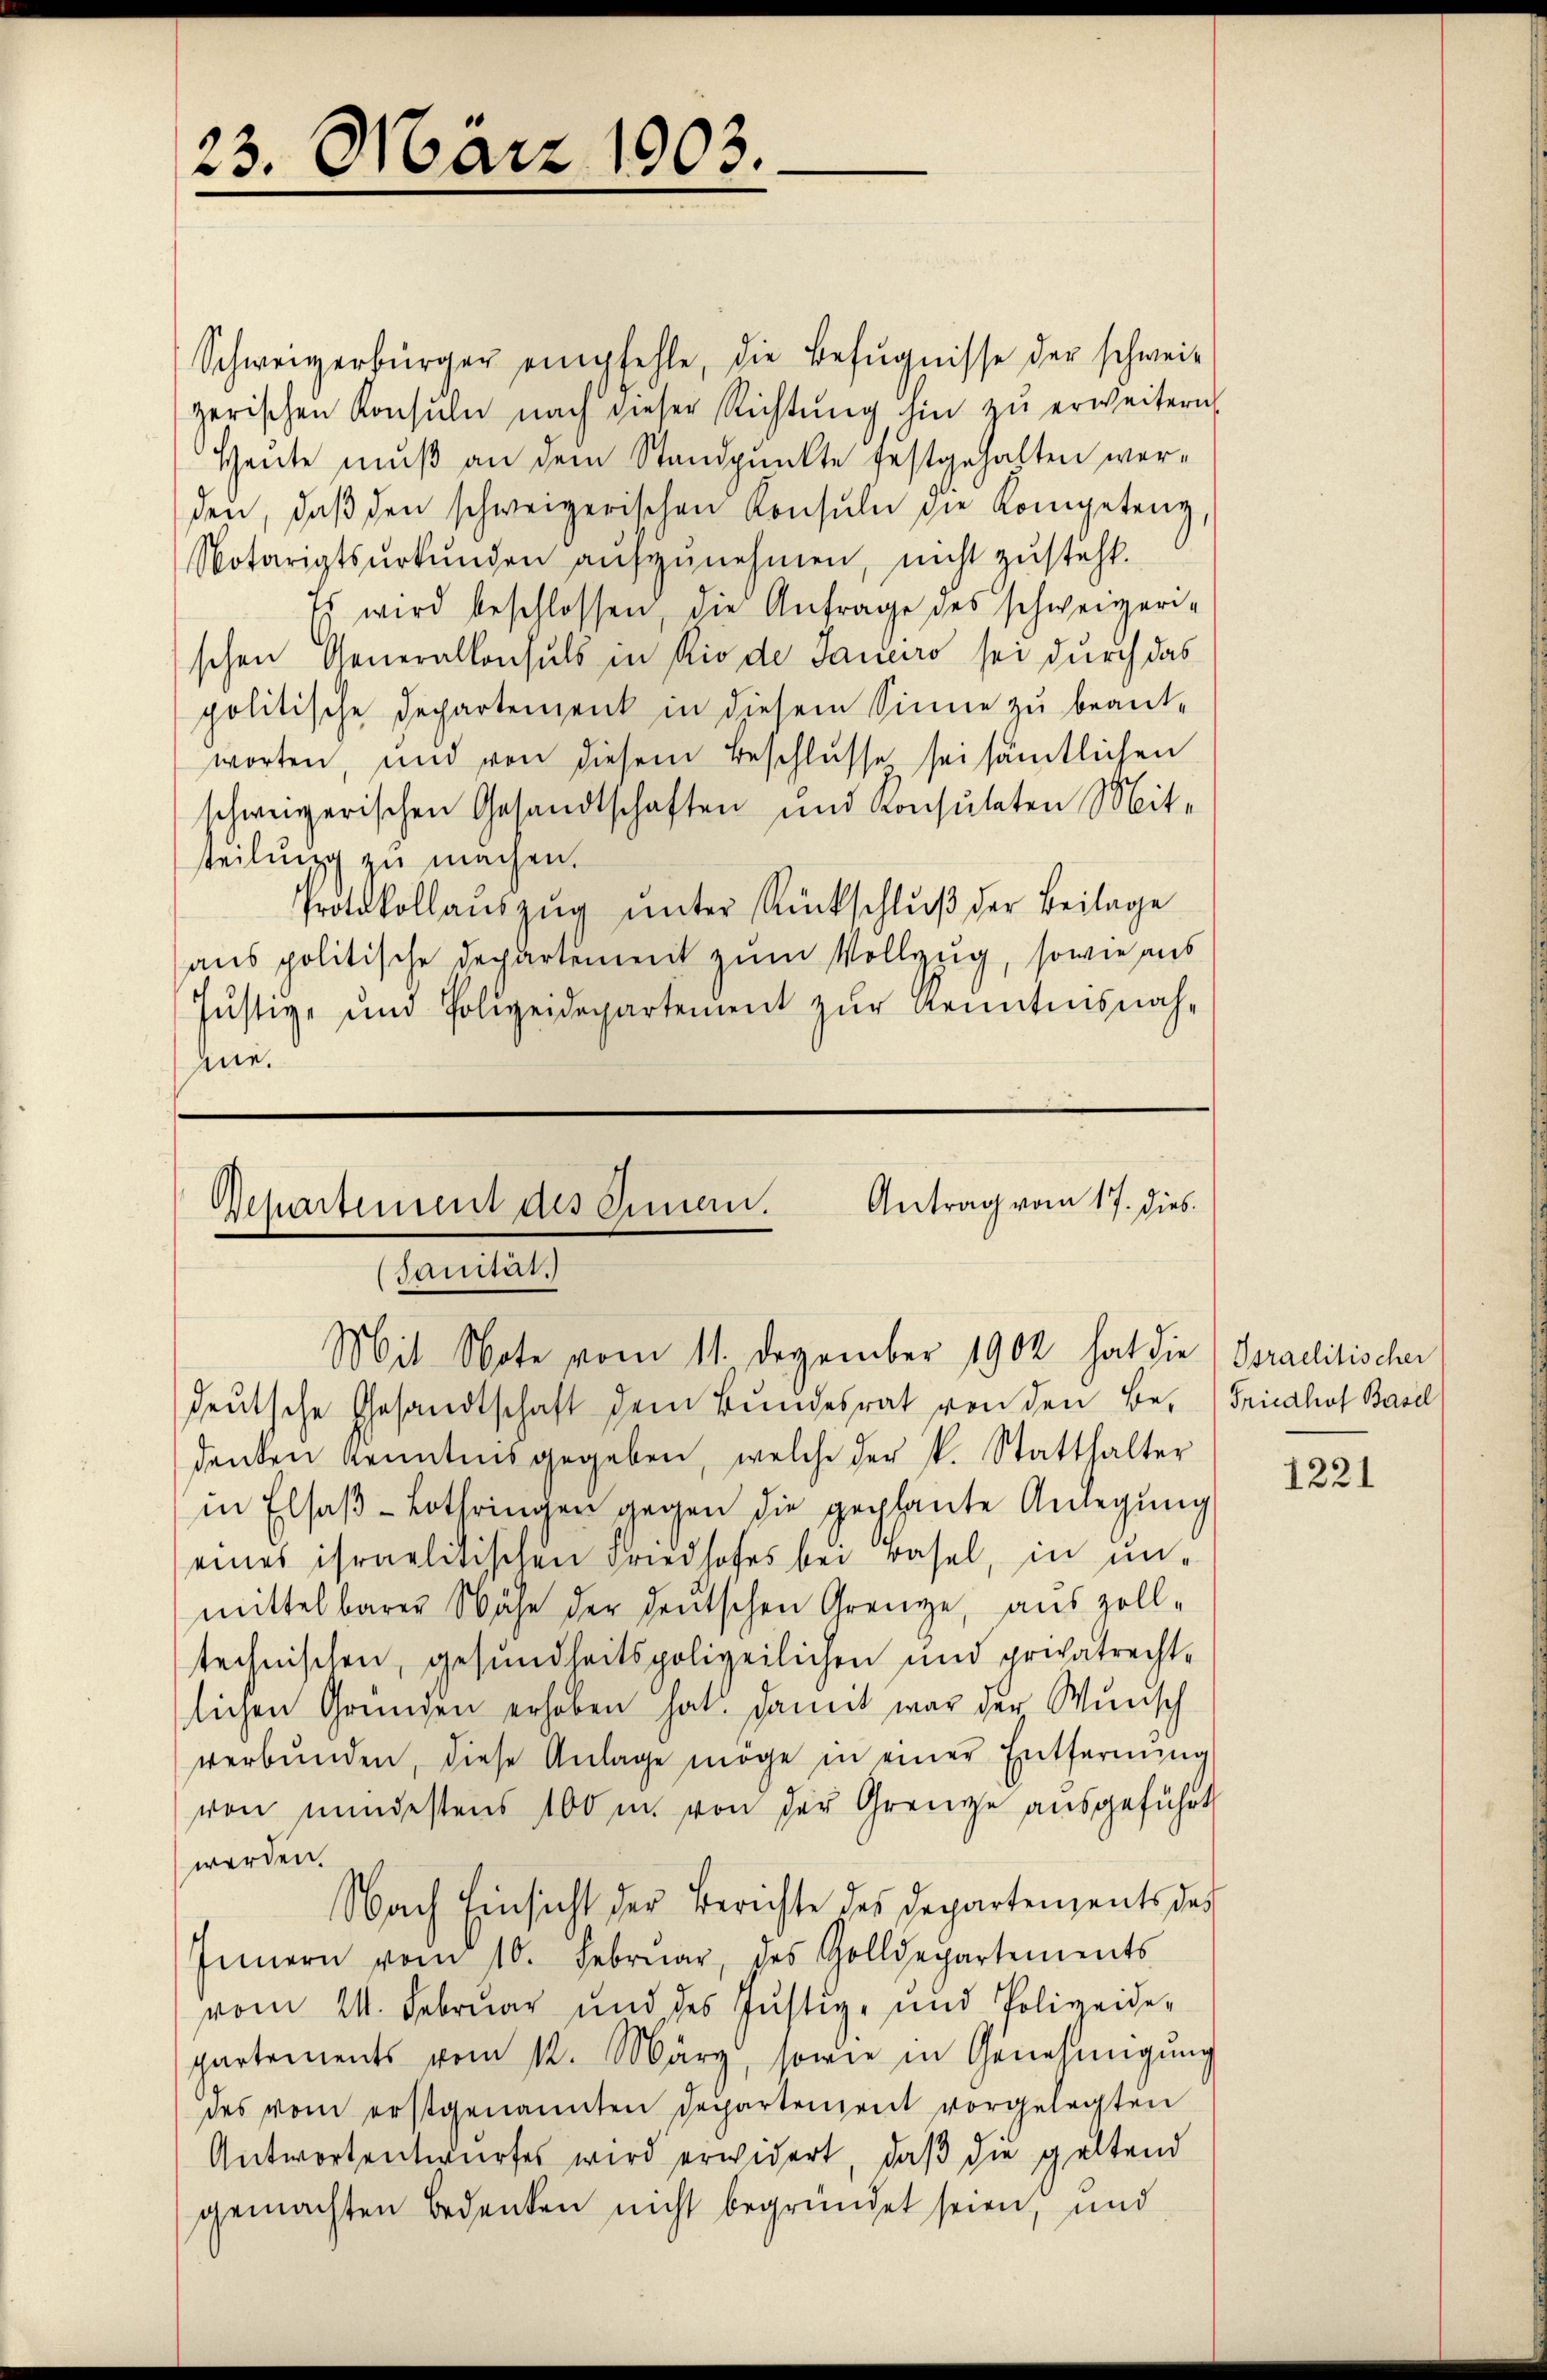
23. März 1903.

Antrag vom 17. dies
Separtement des Amen.
Sanität.
Mit Note vom 11. Dezember 1902 hat die

Schweizerbürger empfehle, die Befugnisse der schwei-
zerischen Konsuln nach dieser Richtung hin zu erweitern,
Heute muß an dem Standpunkte festgehalten werden, daβ den schweizerischen Konsŭli die Kompetenz,
Notariatsurkunden aufzunehmen, nicht zusteht.
Es wird beschlossen, die Anfrage des schweizerischen Generalkonsuls in Rio de Janiero sei durch das
politische Departement in diesem Sinne zu beant-
worten, und von diesem Beschlusse sei sämtlichen
schweizerischen Gesandtschaften und Konsulaten Mit-
steilung zu machen.
Protokollaŭszŭg ŭnter Rückschlŭβ der Beilage
aus politische Departement zum Vollzug, sowie aus
Justiz- und Polizeidepartement zur Kenntensnah¬
Ane.

deutsche Gesandtschaft dem Bundesrat von den Bedenken Kenntnis gegeben, welche der k. Statthalter
in Elsaβ-Lothringen gegen die geplante Anlegung
eines israelitischen Friedhofes bei Basel, in un-
mittelbarer Wage der deŭtschen Grenze, aŭs zoll-
technischen, gesundheitspolizeilichen und privatrecht-
lichen Gründen erhoben hat. Damit war der Wunsch
verbŭnden, diese Anlage möge in einer Entfernŭng
von mindestens 100 m. von der Grenze ausgeführt
werden.
Nach Einsicht der Berichte des Departements des
Innern vom 10. Februar, des Golldepartements
vom 24. Februar und des Justiz- und Polizeide-
partements vom 12. März, sowie in Genehmigung
des vom erstgenannten Departement vorgelegten
Antwortentwurfes wird erwidert, daβ die geltend
gemachten Bedenken nicht begründet seien, und

Israelitischer
Friedhof Basel

1221